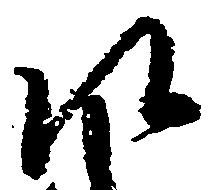
左